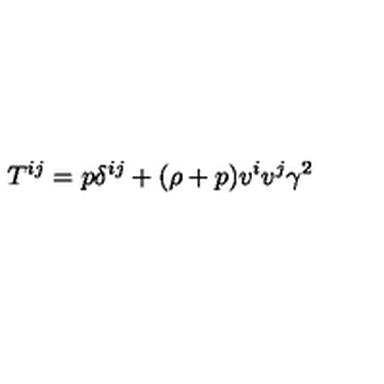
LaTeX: T ^ { i j } = p \delta ^ { i j } + ( \rho + p ) v ^ { i } v ^ { j } \gamma ^ { 2 }